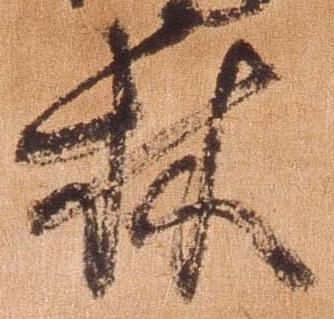
林